Annual report of the Madras Medical College
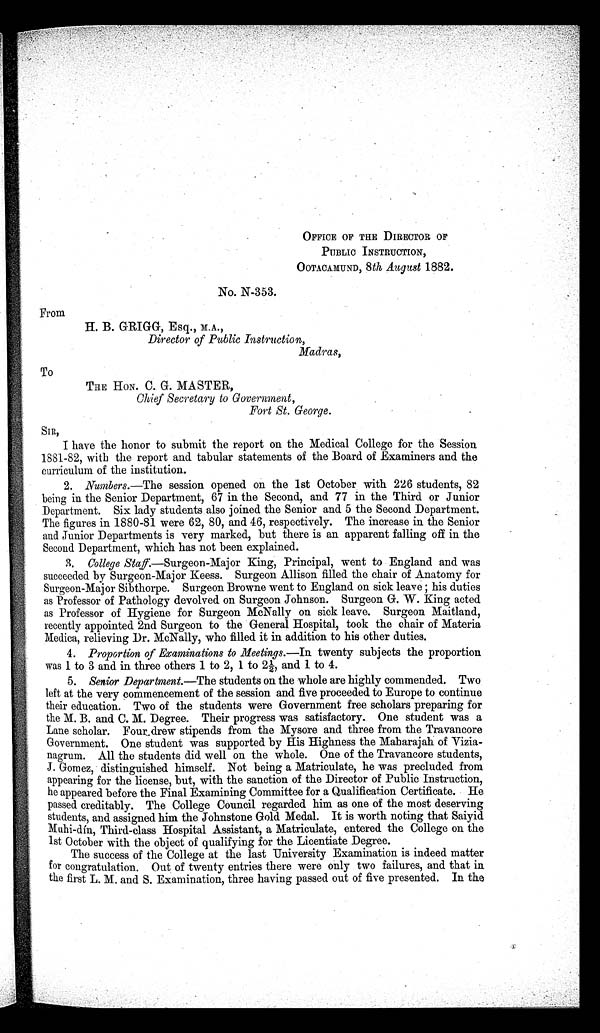
OFFICE OF THE DIRECTOR OF
PUBLIC INSTRUCTION,
OOTACAMUND, 8th August 1882.
No. N-353.
From
H. B. GRIGG, Esq., M.A.,
Director of Public Instruction,
Madras,
To
THE HON. C. G. MASTER,
Chief Secretary to Government,
Fort St. George.
SIR,
I have the honor to submit the report on the Medical College for the Session
1881-82, with the report and tabular statements of the Board of Examiners and the
curriculum of the institution.
2. Numbers.—The session opened on the 1st October with 226 students, 82
being in the Senior Department, 67 in the Second, and 77 in the Third or Junior
Department. Six lady students also joined the Senior and 5 the Second Department.
The figures in 1880-81 were 62, 80, and 46, respectively. The increase in the Senior
and Junior Departments is very marked, but there is an apparent falling off in the
Second Department, which has not been explained.
3. College Staff. — S u r g e o n - M a j o r K i n g , P r i n c i p a l , w e n t t o E n g l a n d a n d w a s
succeeded by Surgeon-Major Keess. Surgeon Allison filled the chair of Anatomy for
Surgeon-Major Sibthorpe. Surgeon Browne went to England on sick leave ; his duties
as Professor of Pathology devolved on Surgeon Johnson. Surgeon G. W. King acted
as Professor of Hygiene for Surgeon McNally on sick leave. Surgeon Maitland,
recently appointed 2nd Surgeon to the General Hospital, took the chair of Materia
Medica, relieving Dr. McNally, who filled it in addition to his other duties.
4. Proportion of Examinations to Meetings.—In twenty subjects the proportion
was 1 to 3 and in three others 1 to 2, 1 to 2½, and 1 to 4.
5. Senior Department.—The students on the whole are highly commended. Two
left at the very commencement of the session and five proceeded to Europe to continue
their education. Two of the students were Government free scholars preparing for
the M. B. and C. M. Degree. Their progress was satisfactory. One student was a
Lane scholar. Four drew stipends from the Mysore and three from the Travancore
Government. One student was supported by His Highness the Maharajah of Vizia-
nagrum. All the students did well on the whole. One of the Travancore students,
J. Gomez, distinguished himself. Not being a Matriculate, he was precluded from
appearing for the license, but, with the sanction of the Director of Public Instruction,
he appeared before the Final Examining Committee for a Qualification Certificate. He
passed creditably. The College Council regarded him as one of the most deserving
students, and assigned him the Johnstone Gold Medal. It is worth noting that Saiyid
Muhi-din, Third-class Hospital Assistant, a Matriculate, entered the College on the
1st October with the object of qualifying for the Licentiate Degree.
The success of the College at the last University Examination is indeed matter
for congratulation. Out of twenty entries there were only two failures, and that in
the first L. M. and S. Examination, three having passed out of five presented. In the